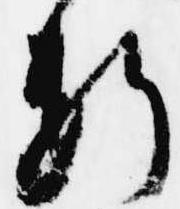
断